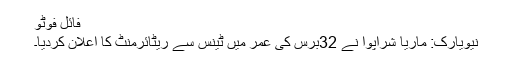
فائل فوٹو
نیویارک: ماریا شراپوا نے 32برس کی عمر میں ٹینس سے ریٹائرمنٹ کا اعلان کردیا۔